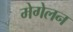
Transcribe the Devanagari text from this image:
मेगेलन